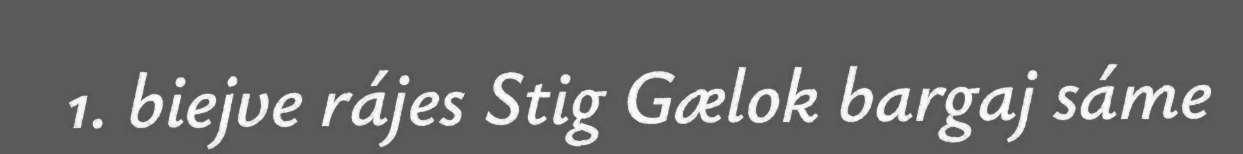
1. biejve rájes Stig Gælok bargaj sáme